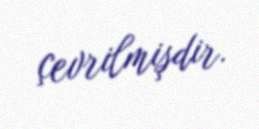
çevrilmişdir.